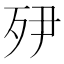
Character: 𭮅